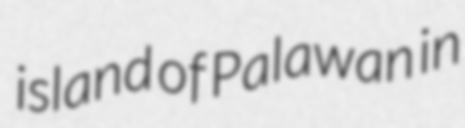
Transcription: island of Palawan in